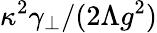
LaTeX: \kappa^{2}\gamma_{\perp}/(2\Lambda g^{2})